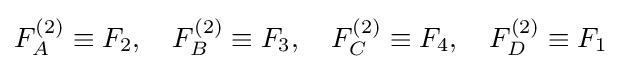
F_{A}^{(2)}\equiv F_{2},\quad F_{B}^{(2)}\equiv F_{3},\quad F_{C}^{(2)}\equiv F_{4},\quad F_{D}^{(2)}\equiv F_{1}